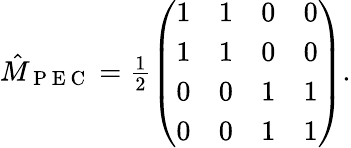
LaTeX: \begin{array}{r}{\hat{M}_{\mathrm{~P~E~C~}}=\frac{1}{2}\left(\begin{array}{llll}{1}&{1}&{0}&{0}\\ {1}&{1}&{0}&{0}\\ {0}&{0}&{1}&{1}\\ {0}&{0}&{1}&{1}\end{array}\right).}\end{array}